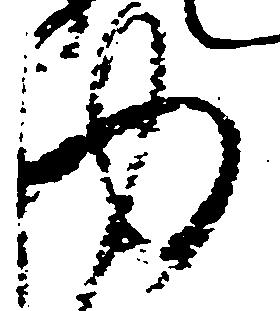
ゆ